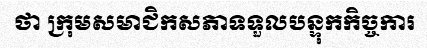
ថា ក្រុមសមាជិកសភាទទួលបន្ទុកកិច្ចការ